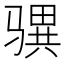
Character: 𩨎